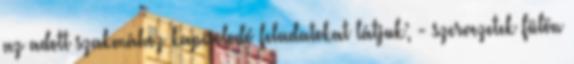
az adott szakmához kapcsolodó feladatokat látjuk; - szervezetek fülön